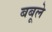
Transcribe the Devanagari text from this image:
बबूले